Newspaper: Daily State sentinel. [volume]
Place of publication: Indianapolis, Ind.
Publisher: Bingham & Doughty
Date: 1865-10-27 00:00:00
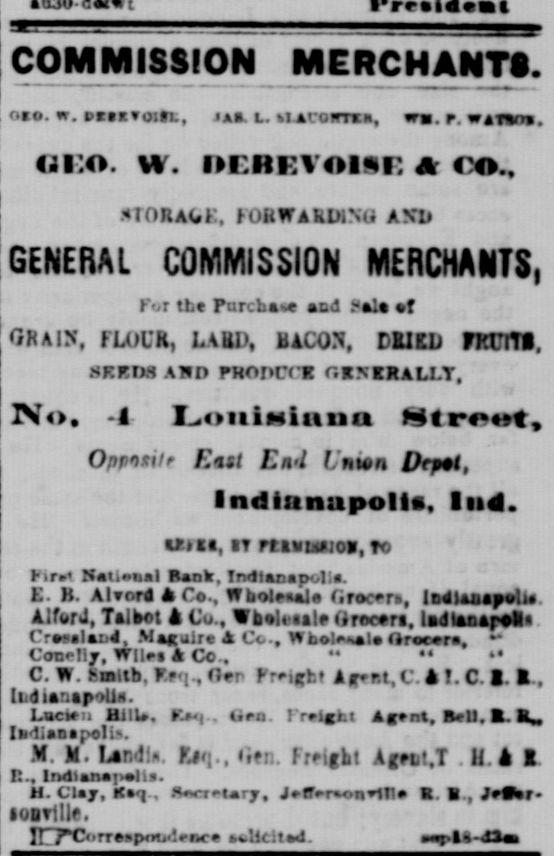
Advertisement text (OCR):
!is19N MERCHAfiTO. mo. w. ciinoilL, Jas. L. ti ACOfrna, wa.r. wstvb. uv.o. v. ii:iti:v4iir. a co., .ioitA(,i:, foarraiiUiNtJ and GENERAL COMMISSION MERCHANTS, For tLe Purcbaoe acd i-ala at GRAIN, FU)UR, LAUD, BAC0. tUtti mn. SF.KMAUD PKOrrCK OX5KRALLT, 1V -1 IoitiMiantt Htroot, Oprtfi'f Eist End Union Dcptt, Indianapolis, lud. arna, sv rt avu;cs, to hir Natibal Rank, Indiaeapolia. L. )1. Alvord 4tCos Vf boleaalo Grocer, Indianapolis. AlfwrJ, Talbot A Co., Vbolt iale Orecers. ladlasaretlt . Cra-alaiid, Maguir A C.., Uboleala (trorra. Conetiy, Wiles A Co.. " " C. Yf. fcmitb, Ff'i fier freiet Arr.t,C. k !. C. I. ft., Indianapolis. Luc i ii Ui!U, tien. I reigbt Agent, BU, SL Ikdianapoli. M. XI. Lar.l.V li., üfr.. f rUflt Ajett.T . 11. A I. II., IrMllanarli. M. Clay, Ki , JWreiry, JePerontT!a K. B., J9f lODvlllr. irrCorreKrxn.drwe .licitad. arta-dla
Label: text-only